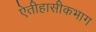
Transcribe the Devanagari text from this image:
ऐतीहासीकभाग